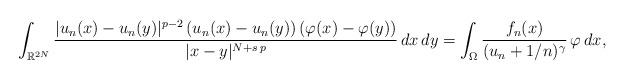
LaTeX: \begin{align*}\int_{\mathbb{R}^{2N}} \frac{|u_n(x) - u_n(y)|^{p-2}\, (u_n(x) - u_n(y))\, (\varphi(x) - \varphi(y))}{|x - y|^{N+s\,p}}\, dx\, dy=\int_{\Omega} \frac{f_n(x)}{(u_n+1/n)^\gamma} \,\varphi\, dx,\end{align*}